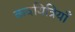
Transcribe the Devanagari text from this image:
कवयित्रियाँ